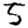
Digit: 5